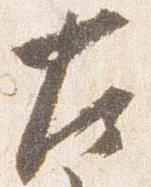
左